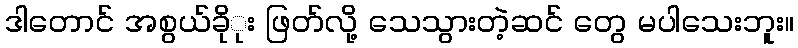
ဒါတောင် အစွယ်ခိုုး ဖြတ်လို့ သေသွားတဲ့ဆင် တွေ မပါသေးဘူး။